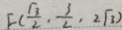
F ( \frac { \sqrt { 3 } } { 2 } \cdot \frac { 3 } { 2 } , 2 \sqrt { 3 } )